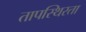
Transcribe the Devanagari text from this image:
तापस्थिरता